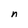
Character: n